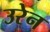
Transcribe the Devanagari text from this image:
उरेन